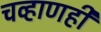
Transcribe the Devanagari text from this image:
चव्हाणही